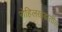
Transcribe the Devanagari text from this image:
रोहिलखंडातील